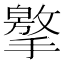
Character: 𢶡